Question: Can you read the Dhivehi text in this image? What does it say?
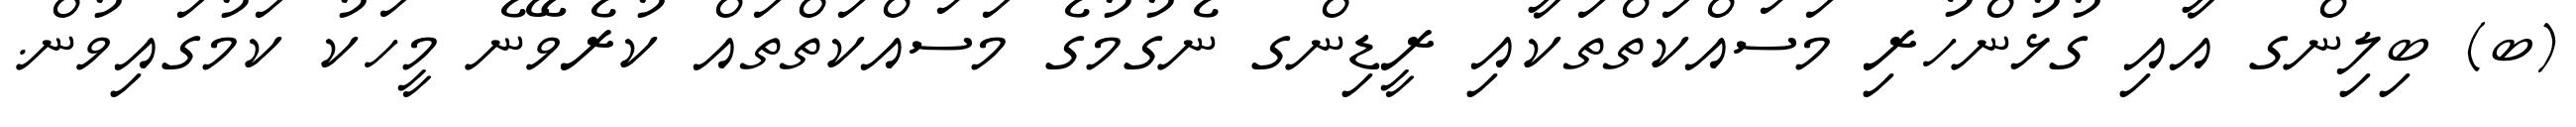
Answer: (ބ) ބިލިންގ އާއި ގުޅުންހުރި މަސައްކަތްތަކާއި ރީޑިންގ ނެގުމުގެ މަސައްކަތްތައް ކުރެވޭނެ މީހަކު ކަމުގައިވުން.